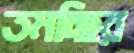
তমচ্ছির